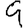
Digit: 9